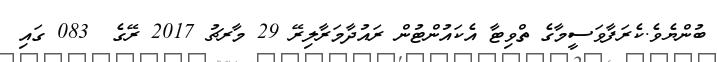
ބުންޔެވެ.ކެރަފާވަސީމާގެ ތްވިޓާ އެކައުންޓުން ރައުދާމަރާލިރޭ 29 މާރޗު 2017 ރޭގެ  083 ގައި